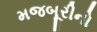
મજબૂરીનો